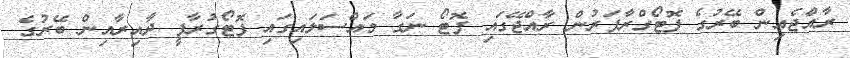
ރާއްޖެއިން ބޭރުގެ ފޮޓޯގްރާފަރުން ރާއްޖޭގައި ފޮޓޯ ނަގާ މައްސަލައިގައި ފޮޓޯގުރާފީ ދާއިރާއިން ބޭރުގެ